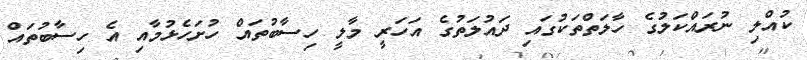
ކުއްލި ނުރައްކަލުގެ ހާލަތްތަކުގައި ދައުލަތުގެ އަހަރީ މާލީ ހިިސާބުތައް ހުށަހެޅުމާއި އެ ހިސާބުތައް